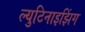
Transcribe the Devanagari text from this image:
ल्युटिनाइझिंग